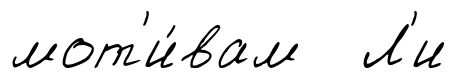
мот'и́вам Л'и